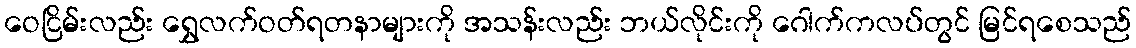
ဝေငြိမ်းလည်း ရွှေလက်ဝတ်ရတနာများကို အသန်းလည်း ဘယ်လိုင်းကို ဂေါက်ကလပ်တွင် မြင်ရစေသည်